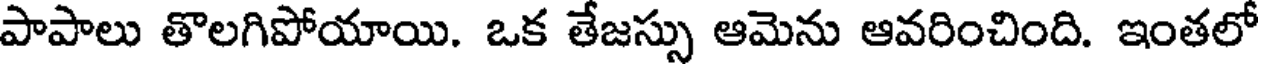
పాపాలు తొలగిపోయాయి. ఒక తేజస్సు ఆమెను ఆవరించింది. ఇంతలో